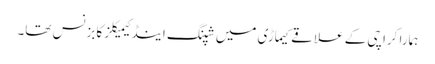
ہمارا کراچی کے علاقے کیماڑی میں شپنگ اینڈ کیمیکلز کا بزنس تھا۔